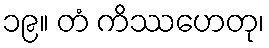
၁၉။ တံ ကိဿဟေတု၊